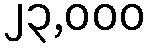
၂၃,၀၀၀